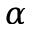
\alpha